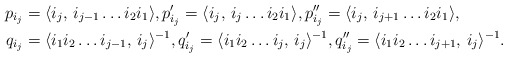
\begin{align*}p_{i_j}&=\langle i_j,\, i_{j-1}\ldots i_2 i_{1}\rangle,p'_{i_j}=\langle i_j,\, i_{j}\ldots i_2 i_{1}\rangle,p''_{i_j}=\langle i_j,\, i_{j+1}\ldots i_2 i_{1}\rangle,\\q_{i_j}&=\langle i_1i_2\ldots i_{j-1} ,\, i_j\rangle^{-1},q'_{i_j}=\langle i_1i_2\ldots i_{j} ,\, i_j\rangle^{-1},q''_{i_j}=\langle i_1i_2\ldots i_{j+1} ,\, i_j\rangle^{-1}.\end{align*}